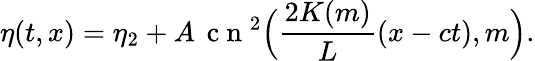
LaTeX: \eta(t,x)=\eta_{2}+A\, \mathrm{~c~n~}^{2}\Big(\frac{2K(m)}{L}(x-ct),m\Big).